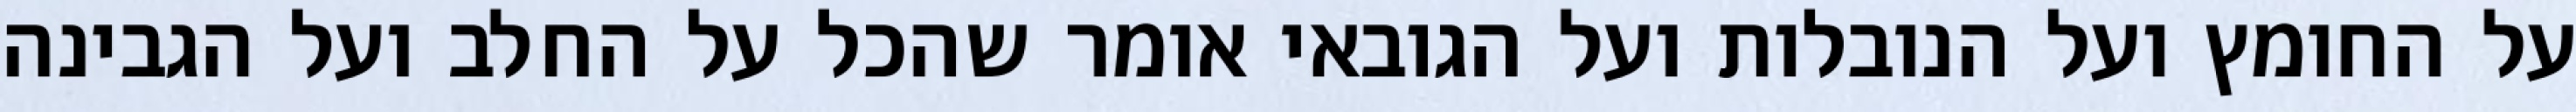
על החומץ ועל הנובלות ועל הגובאי אומר שהכל על החלב ועל הגבינה